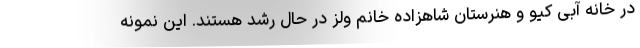
در خانه آبی کیو و هنرستان شاهزاده خانم ولز در حال رشد هستند. این نمونه